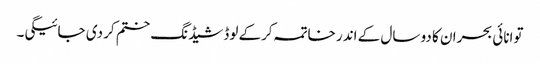
توانائی بحران کا دو سال کے اندر خاتمہ کرکے لوڈشیڈنگ ختم کر دی جائیگی۔